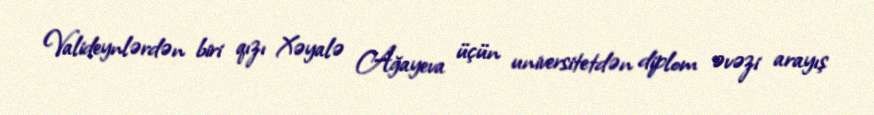
Valideynlərdən biri qızı Xəyalə Ağayeva üçün universitetdən diplom əvəzi arayış